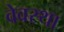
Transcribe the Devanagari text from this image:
वेवस्था